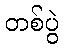
တစ်ပွဲ